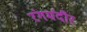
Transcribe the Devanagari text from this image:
रंगमंदीर